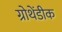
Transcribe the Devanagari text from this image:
ग्रोथेंडीक